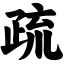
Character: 疏